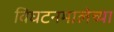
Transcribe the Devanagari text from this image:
विघटनमालेच्या